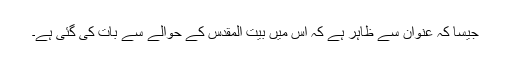
جیسا کہ عنوان سے ظاہر ہے کہ اس میں بیت المقدس کے حوالے سے بات کی گئی ہے۔